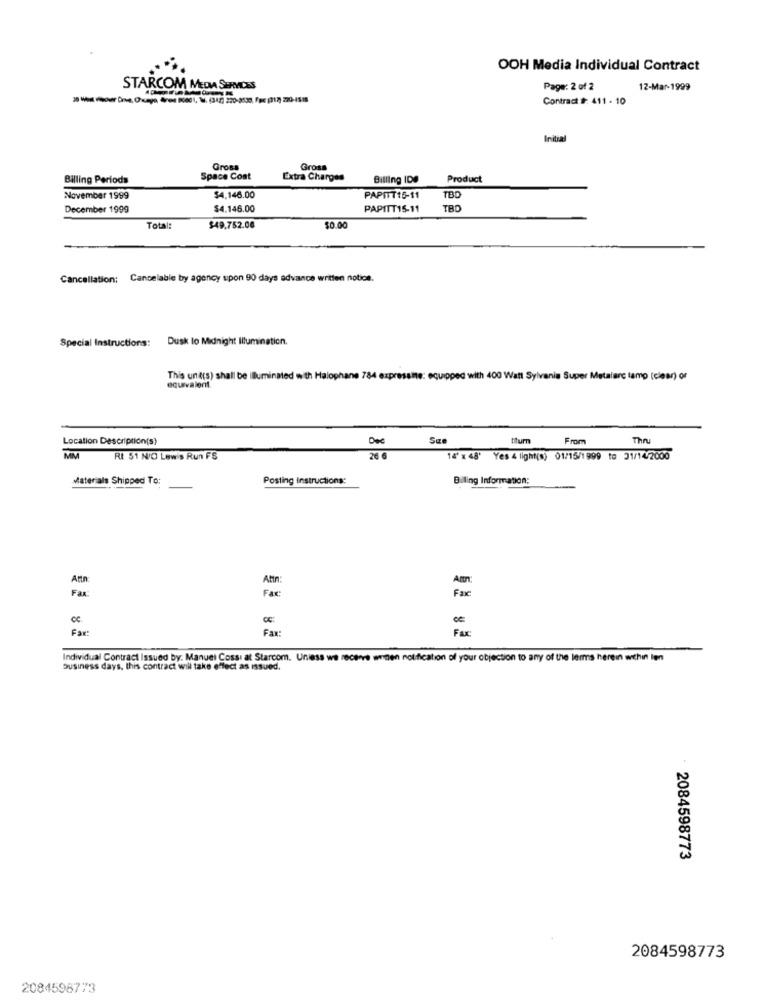
OOH Media Individual Contract
STARCOM MEDIA SERVICES
Page: 2 of 2
12-Mar-1999
Contract #: 411 - 10
Initial
Gross
Gross
Billing Periods
Space Cost
Extra Charges
Billing IDO
Product
November 1999
$4,146.00
PAPITT15-11
TBD
December 1999
$4.146.00
PAPITT15-11
TBD
Total:
$49,752.00
$0.00
Cancellation:
Cancelable by agency upon 90 days advance written notice.
Special Instructions:
Dusk lo Midnight Illumination.
This und(s) shall be illuminated with Halophane 784 expressine: equipped with 400 Watt Sylvania Super Metalarc lamp (clear) or
equivalent.
Location Description(s)
Dec
San
turn
From
Thru
MM
Rt 51 N/O Lewis Run FS
26 6
14'x 48' Yes 4 light(s) 01/15/1999 to 31/14/2000
Materials Shipped To:
Posting Instructions:
Biling Information:
Attn
Attn
Fax:
Fax:
Fax
CC
Fax:
Fax:
Fax:
Individual Contract Issued by: Manuel Cossi at Starcom. Unless we receive weinen notification of your objection to any of the lemms herein within len
Business days. this contract will take effect as issued.
- 2084598773
2084598773
2084596773